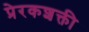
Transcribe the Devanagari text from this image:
प्रेरकशक्ती